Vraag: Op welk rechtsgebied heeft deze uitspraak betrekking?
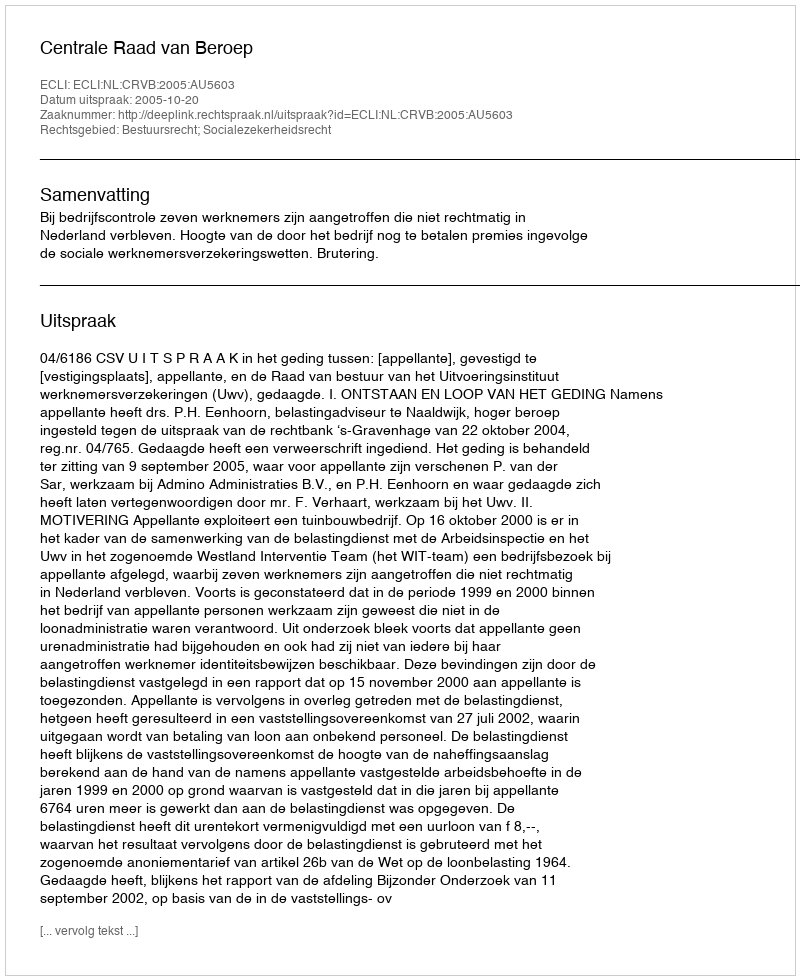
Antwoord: Bestuursrecht; Socialezekerheidsrecht